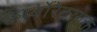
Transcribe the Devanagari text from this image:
कार्बोरेटरयुक्त